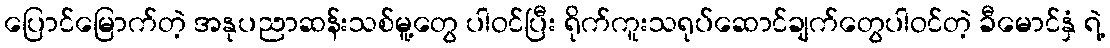
ပြောင်မြောက်တဲ့ အနုပညာဆန်းသစ်မူ့တွေ ပါဝင်ပြီး ရိုက်ကူးသရုပ်ဆောင်ချက်တွေပါဝင်တဲ့ ခီမောင်နှံ ရဲ့